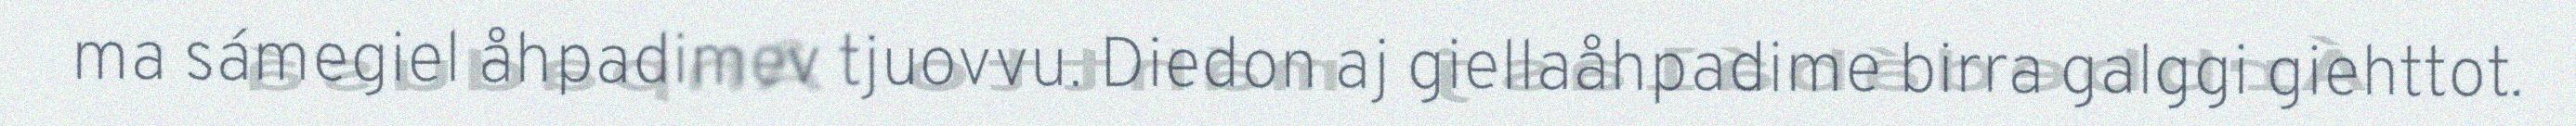
ma sámegiel åhpadimev tjuovvu. Diedon aj giellaåhpadime birra galggi giehttot.